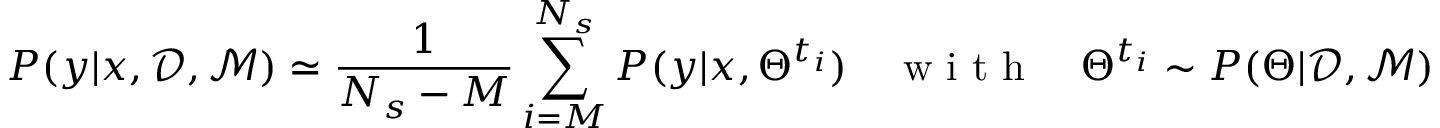
P ( y | x , \mathcal { D } , \mathcal { M } ) \simeq \frac { 1 } { N _ { s } - M } \sum _ { i = M } ^ { N _ { s } } P ( y | x , \Theta ^ { t _ { i } } ) \quad \mathrm { ~ w ~ i ~ t ~ h ~ } \quad \Theta ^ { t _ { i } } \sim P ( \Theta | \mathcal { D } , \mathcal { M } ) .